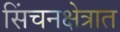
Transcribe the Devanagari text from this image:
सिंचनक्षेत्रात